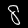
Label: 8